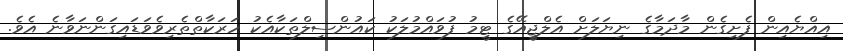
އިއްޔެއިން ފެށިގެން މާދަމާގެ ނިޔަލަށް އެލްޖީއޭގެ ޓީމު ފުވައްމުލަކު ކައުންސިލްތަކާއެކު ހަރަކާތްތެރިވެވަޑައިގަންނަވާނެ އެވެ.